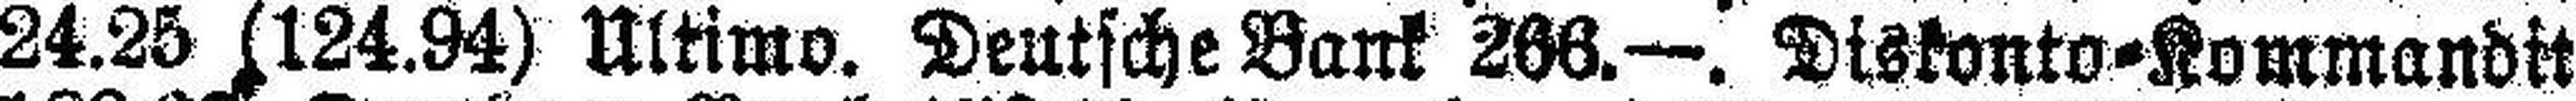
24.25 (124.94) Ultimo. Deutsche Bank 266.—. Diskonto=Kommandit